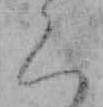
く